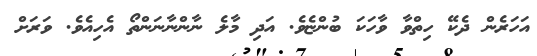
އަހަރެން ދެކޭ ހިތްވާ ވާހަކަ ބުންޏެވެ. އަދި މާލެ ނާންނާނަންތޯ އެހިއެވެ. ވަރަށް